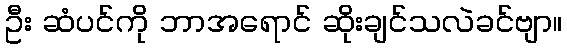
ဦး ဆံပင်ကို ဘာအရောင် ဆိုးချင်သလဲခင်ဗျာ။